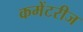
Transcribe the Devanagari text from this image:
कमेंटरीज